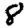
Digit: 8